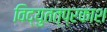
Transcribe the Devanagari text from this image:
विद्युतत्प्रकाश